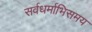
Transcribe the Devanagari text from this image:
सर्वधर्माभिसमय